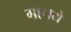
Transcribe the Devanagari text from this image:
गए।ये